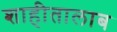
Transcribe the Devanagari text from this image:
शाहीतालाब